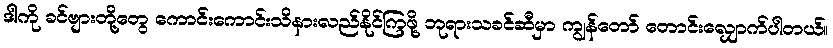
ဒါကို ခင်ဗျားတို့တွေ ကောင်းကောင်းသိနားလည်နိုင်ကြဖို့ ဘုရားသခင်ဆီမှာ ကျွန်တော် တောင်းလျှောက်ပါတယ်။